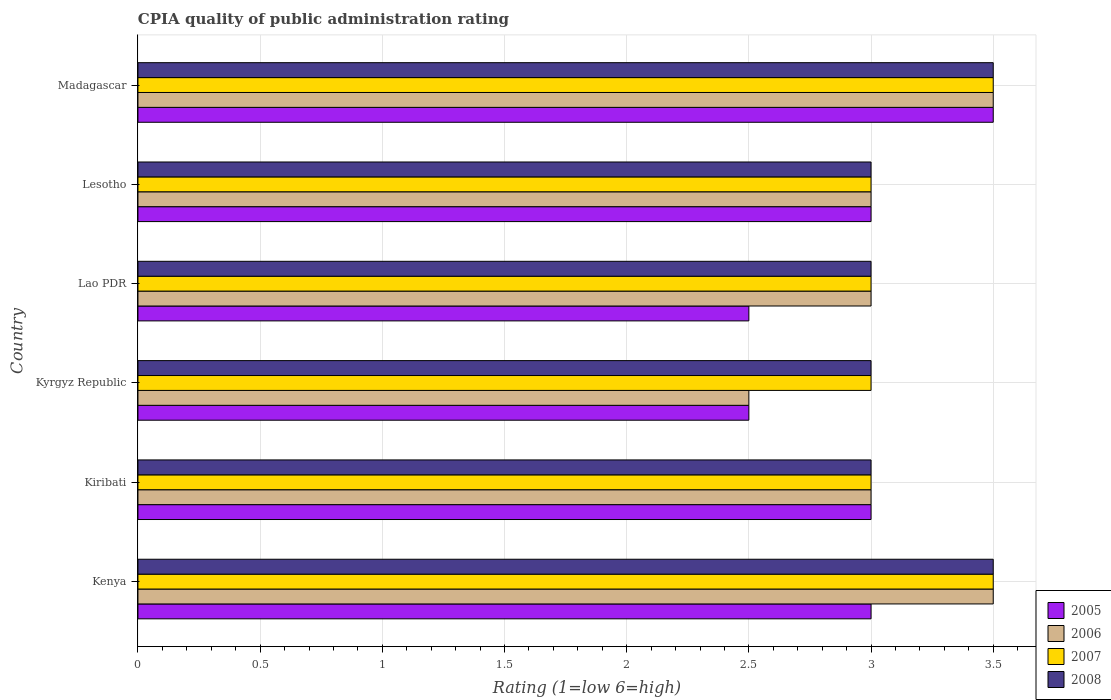
| Country | 2005 | 2006 | 2007 | 2008 |
 | --- | --- | --- | --- | --- |
 | Kenya | 3 | 3.5 | 3.5 | 3.5 |
 | Kiribati | 3 | 3 | 3 | 3 |
 | Kyrgyz Republic | 2.5 | 2.5 | 3 | 3 |
 | Lao PDR | 2.5 | 3 | 3 | 3 |
 | Lesotho | 3 | 3 | 3 | 3 |
 | Madagascar | 3.5 | 3.5 | 3.5 | 3.5 |